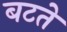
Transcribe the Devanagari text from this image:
बटते